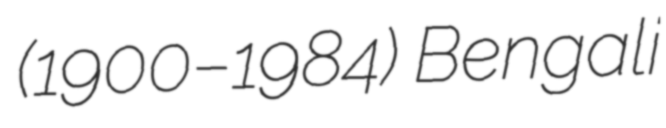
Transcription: (1900–1984) Bengali